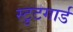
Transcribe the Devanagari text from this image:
स्टुटगार्ड